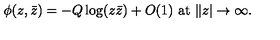
\phi ( z , \bar { z } ) = - Q \log ( z \bar { z } ) + O ( 1 ) \ \mathrm { a t } \ \| z | \rightarrow \infty . \nonumber